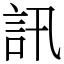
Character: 訊